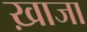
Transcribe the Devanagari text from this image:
ख़ाजा